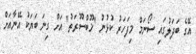
އޭގެ ބަދަލުގައި ސޯނަމް މިފަހަރު ކުޅުނު "ޚޫބްސޫރަތު" އަށް ގިނަ ބަޔަކު އޭނާއަށް